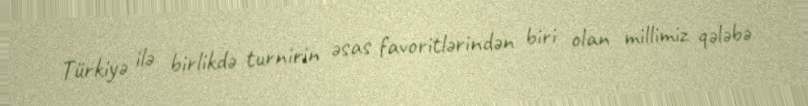
Türkiyə ilə birlikdə turnirin əsas favoritlərindən biri olan millimiz qələbə